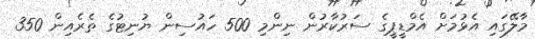
މާލޭގައި އެޅުމަށް އެމްޑީޕީގެ ސަރުކާރުން ނިންމި 500 ހައުސިން ޔުނިޓުގެ ތެރެއިން 350